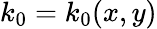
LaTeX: k_{0}=k_{0}(x,y)